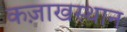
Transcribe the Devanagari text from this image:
कज़ाखस्थान